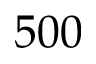
5 0 0